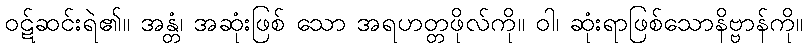
ဝဋ်ဆင်းရဲ၏။ အန္တံ၊ အဆုံးဖြစ် သော အရဟတ္တဖိုလ်ကို။ ဝါ၊ ဆုံးရာဖြစ်သောနိဗ္ဗာန်ကို။